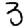
Digit: 3